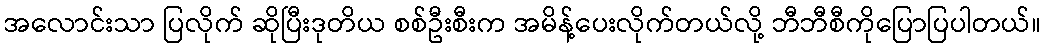
အလောင်းသာ ပြလိုက် ဆိုပြီးဒုတိယ စစ်ဦးစီးက အမိန့်ပေးလိုက်တယ်လို့ ဘီဘီစီကိုပြောပြပါတယ်။